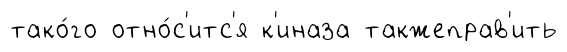
тако́го отно́с'итс'я к'иназа такжеправ'ить